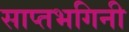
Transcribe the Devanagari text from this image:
साप्तभगिनी